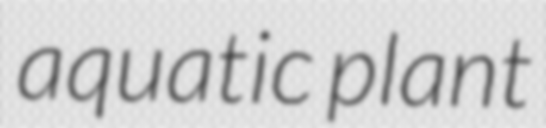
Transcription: aquatic plant